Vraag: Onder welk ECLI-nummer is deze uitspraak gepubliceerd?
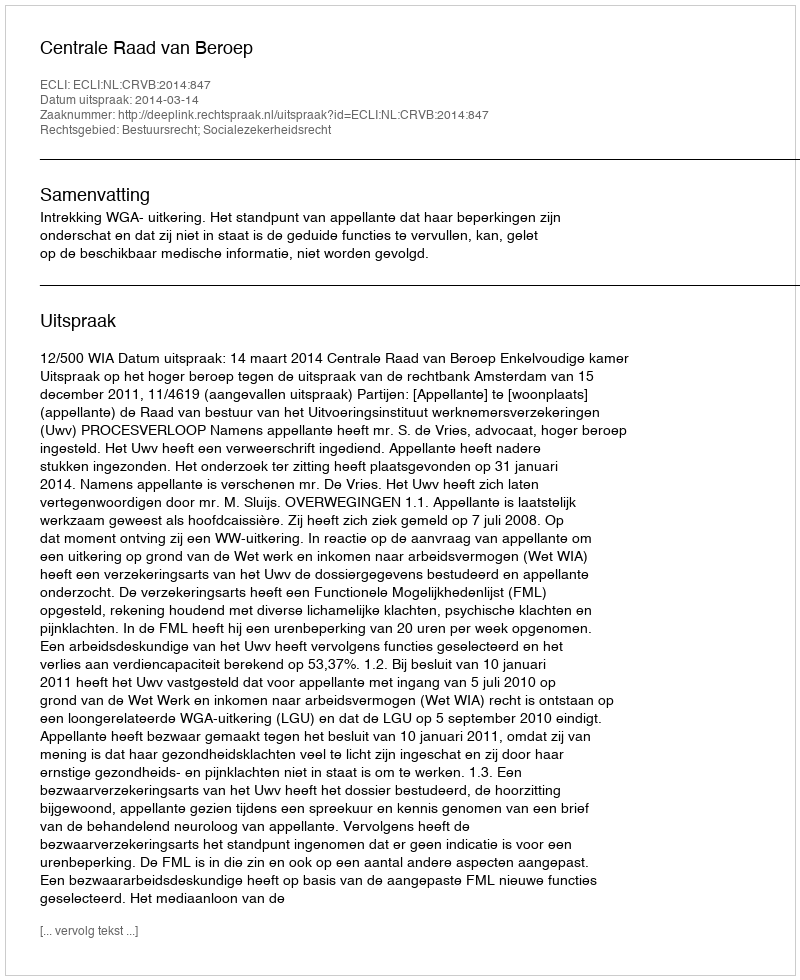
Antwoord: ECLI:NL:CRVB:2014:847